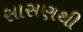
સાસણથી